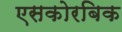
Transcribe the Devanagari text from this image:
एसकोरबिक